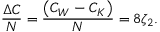
\begin{array} { c c c } { \displaystyle { \frac { \Delta C } { N } = \frac { \big ( C _ { W } - C _ { K } \big ) } { N } = 8 \zeta _ { 2 } . } } \end{array}